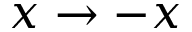
x \rightarrow - x